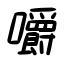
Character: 嚼